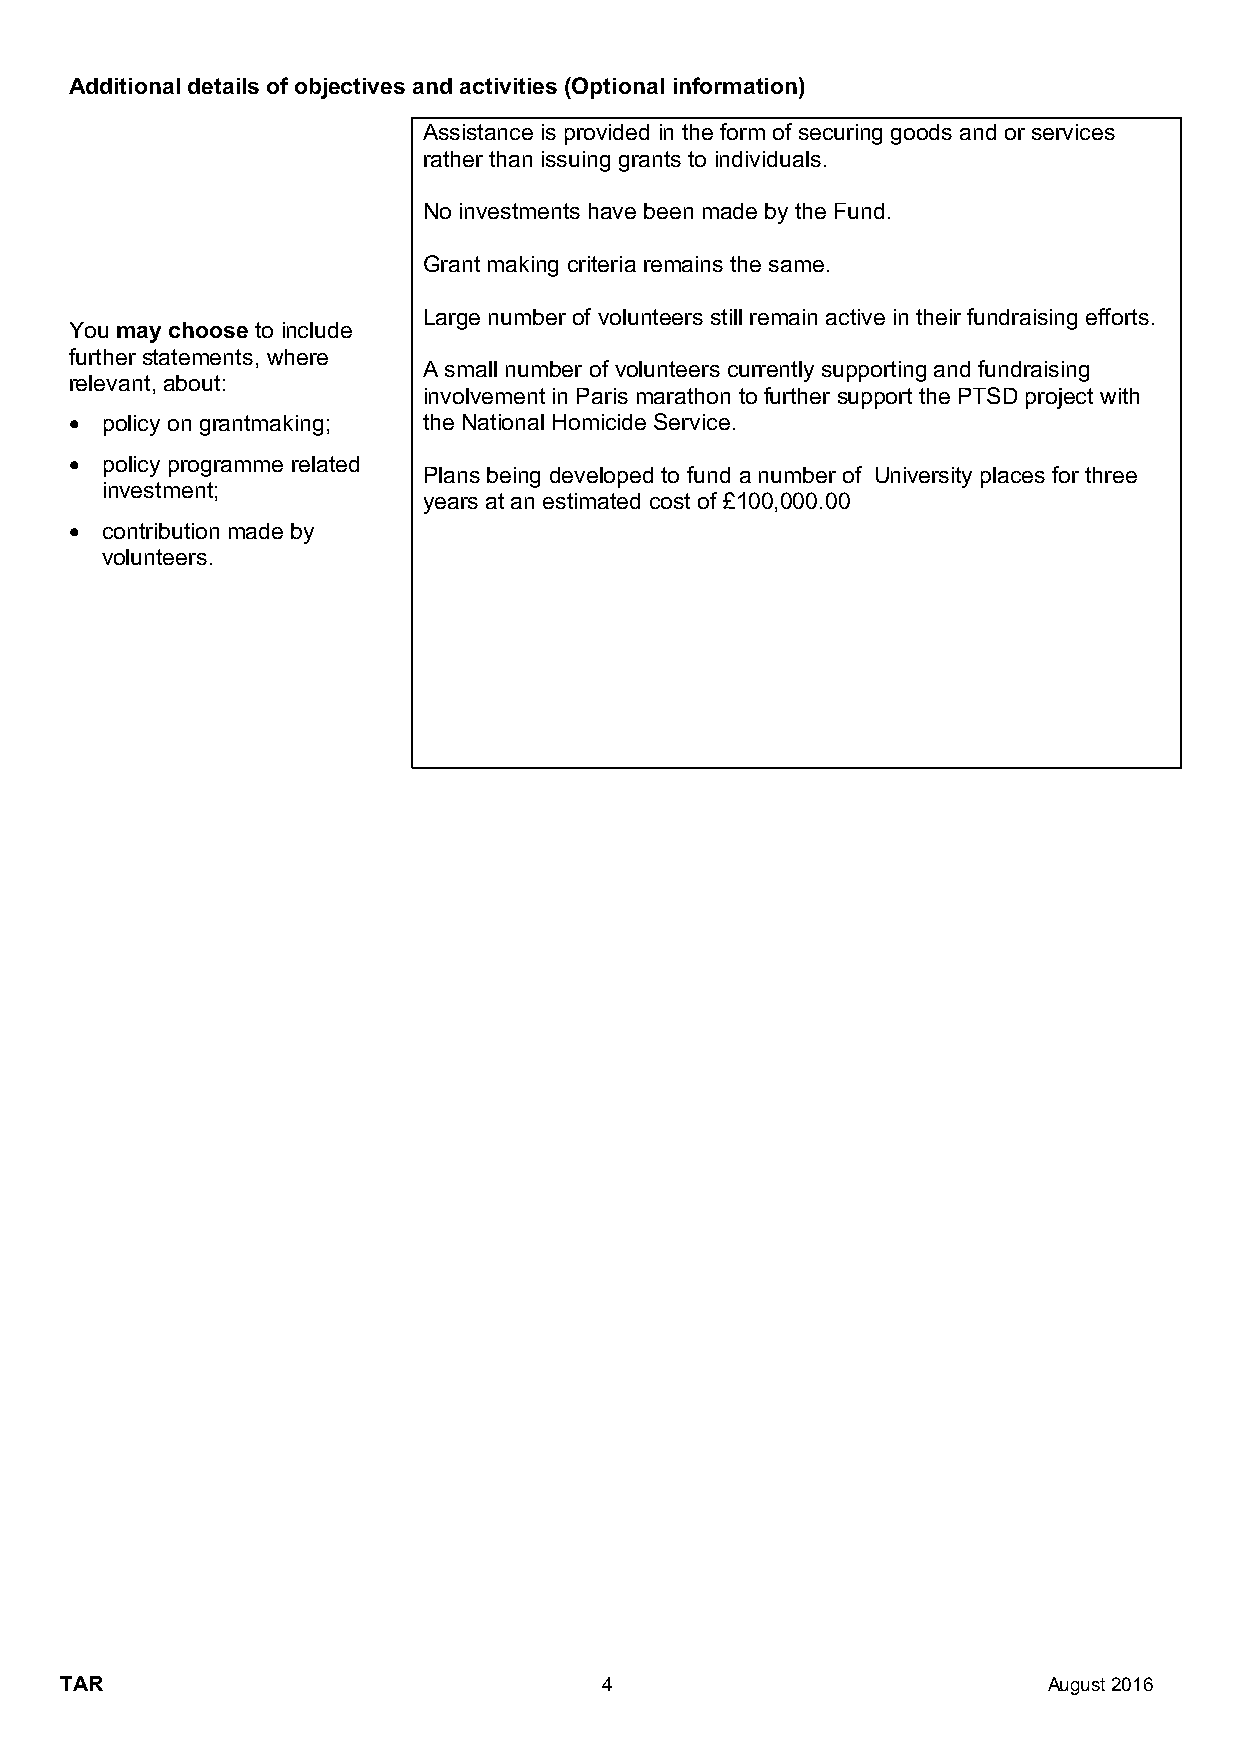
Additional details of objectives and activities (Optional information)
 Assistance is provided in the form of securing goods and or services
 rather than issuing grants to individuals.
 No investments have been made by the Fund.
 Grant making criteria remains the same.
 Large number of volunteers still remain active in their fundraising efforts.
 You may choose to include
 further statements, where
 A small number of volunteers currently supporting and fundraising
 relevant, about:
 involvement in Paris marathon to further support the PTSD project with
 • policy on grantmaking; the National Homicide Service.
 • policy programme related
 Plans being developed to fund a number of University places for three
 investment;
 years at an estimated cost of £100,000.00
 • contribution made by
 volunteers.
 TAR                                 4                            August 2016